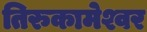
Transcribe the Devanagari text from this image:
तिरुकामेश्वर